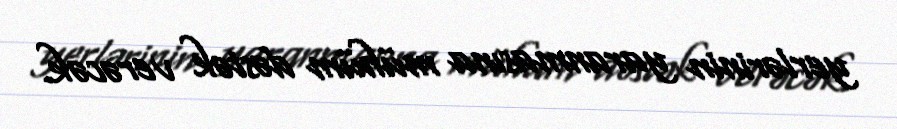
yerlərinin yaranmasına mühüm dəstək verəcək.